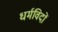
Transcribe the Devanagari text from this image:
धर्मविदों